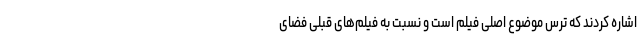
اشاره کردند که ترس موضوع اصلی فیلم است و نسبت به فیلم‌های قبلی فضای